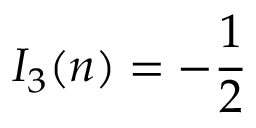
I _ { 3 } ( n ) = - { \frac { 1 } { 2 } }